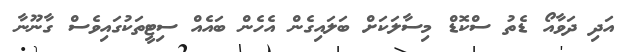
އަދި ދަވާއޯ ޑެތު ސްކޮޑް މިސާލަކަށް ބަލައިގެން އެހެން ބައެއް ސިޓީތަކުގައިވެސް ގާނޫނާ